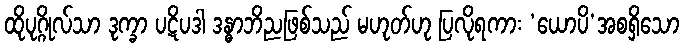
ထိုပုဂ္ဂိုလ်သာ ဒုက္ခာ ပဋိပဒါ ဒန္ဓာဘိညဖြစ်သည် မဟုတ်ဟု ပြလိုရကား ‘ယောပိ’အစရှိသော